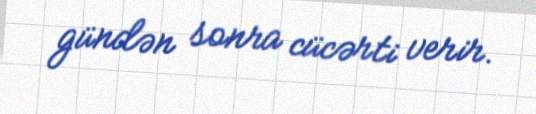
gündən sonra cücərti verir.